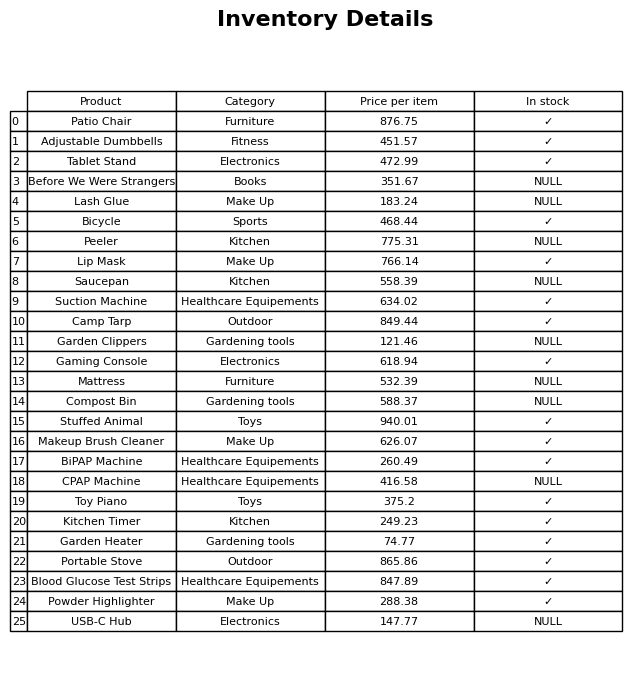
question: What category does the Suction Machine belong to?
answer: Healthcare Equipements